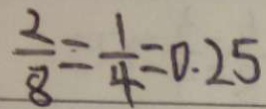
\frac { 2 } { 8 } = \frac { 1 } { 4 } = 0 . 2 5